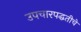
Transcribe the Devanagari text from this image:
उपचारपद्धतीचे